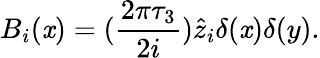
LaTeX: B_{i}(\mathit{x})=(\frac{{2\pi\tau_{3}}}{{2i}})\hat{{z}}_{i}\delta(\mathit{x})\delta(y).